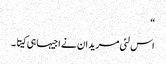
“
اس لئی مریدان نے اجیہا ہی کیتا ۔